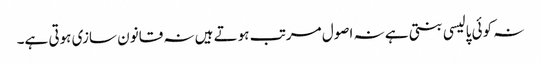
نہ کوئی پالیسی بنتی ہے نہ اصول مرتب ہوتے ہیں نہ قانون سازی ہوتی ہے۔